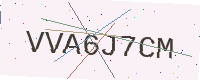
Text: VVA6J7CM